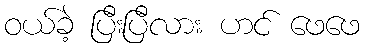
ဝယ်ခဲ့ ပြီးပြီလား ဟင် ဖေဖေ